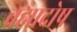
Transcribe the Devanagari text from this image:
ब्रह्मादोष